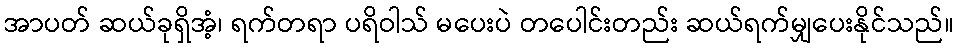
အာပတ် ဆယ်ခုရှိအံ့၊ ရက်တရာ ပရိဝါသ် မပေးပဲ တပေါင်းတည်း ဆယ်ရက်မျှပေးနိုင်သည်။